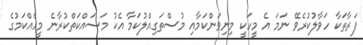
ފަރާތަކާ ހަވާލުކުރެވޭ ނަމަ އެ މީހަކީ މިނިވަންކަމާއި މުސްތަގިއްލުކަމާ އެކު މަސައްކަތްކުރާނެ މީހެއްކަމުގެ